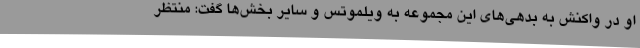
او در واکنش به بدهی‌های این مجموعه به ویلموتس و سایر بخش‌ها گفت: منتظر